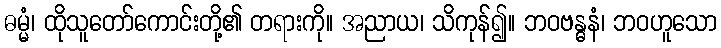
ဓမ္မံ၊ ထိုသူတော်ကောင်းတို့၏ တရားကို။ အညာယ၊ သိကုန်၍။ ဘဝဗန္ဓနံ၊ ဘဝဟူသော